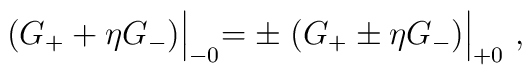
( G_+ +  \eta  G_-) \Bigl\vert_{-0} = \pm \;  ( G_+ \pm  \eta  G_-) \Bigl\vert_{+0} \ ,